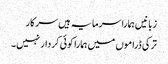
زبانیں ہمارا سرمایہ ہیں سرکار
ترکی ڈراموں میں ہمارا کوئی کردار نہیں۔